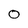
Character: O